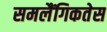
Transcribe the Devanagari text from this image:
समलैंगिकतेस